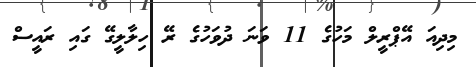
މިދިއަ އޭޕްރީލް މަހުގެ 11 ވަނަ ދުވަހުގެ ރޭ ހިލާލީގޭ ގައި ރައީސް